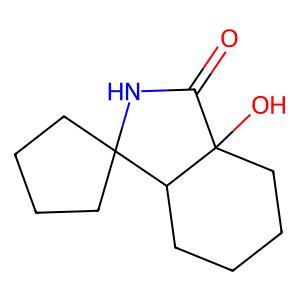
SMILES: O=C1NC2(CCCC2)C2CCCCC12O
Inhibits HIV replication: No